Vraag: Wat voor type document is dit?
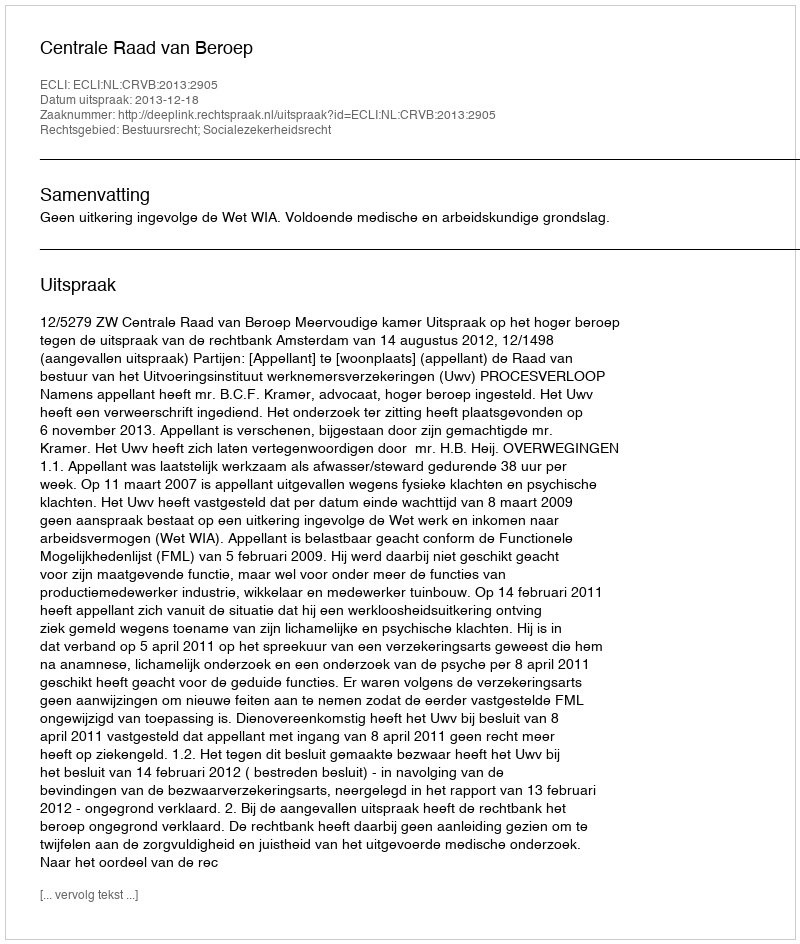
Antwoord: Uitspraak